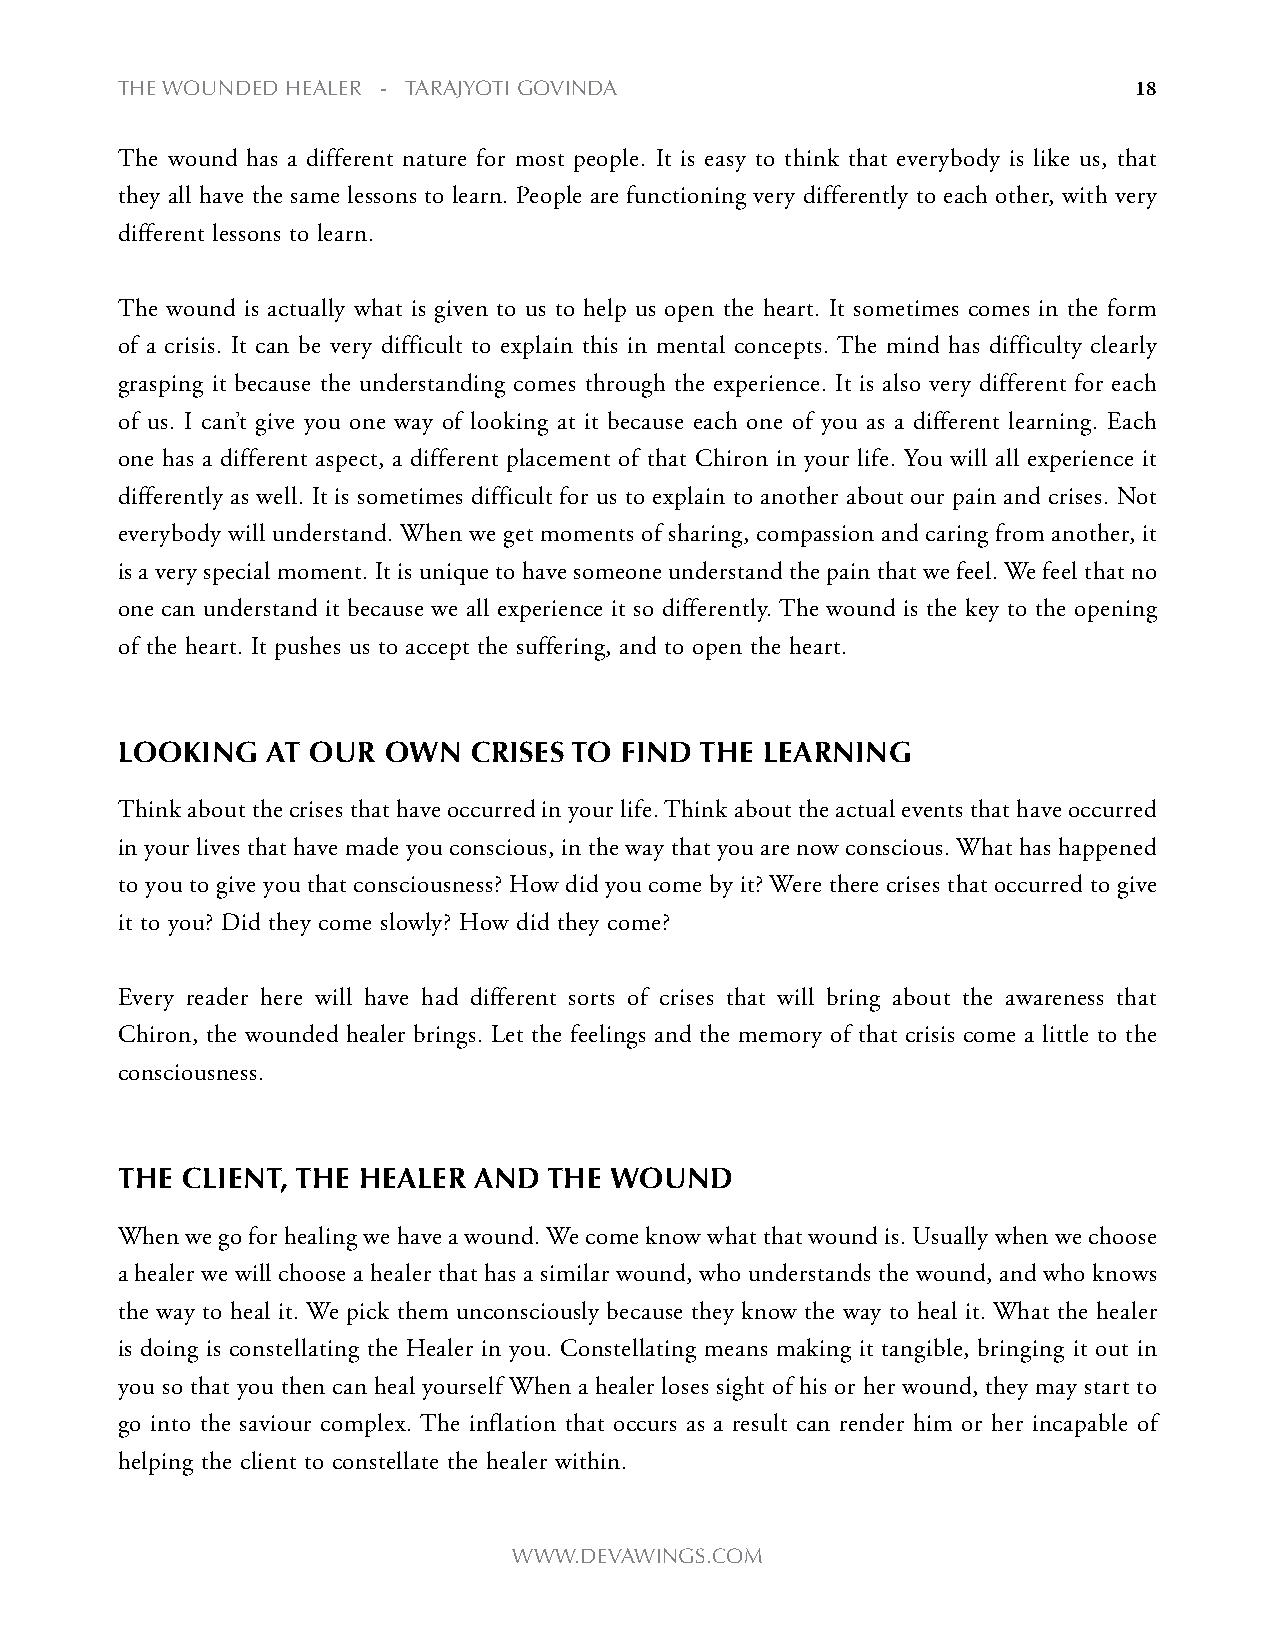
the WOUNDeD heALeR - tARAjyOti gOviNDA                             18
 The wound has a different nature for most people. It is easy to think that everybody is like us, that
 they all have the same lessons to learn. People are functioning very differently to each other, with very
 different lessons to learn.
 The wound is actually what is given to us to help us open the heart. It sometimes comes in the form
 of a crisis. It can be very difficult to explain this in mental concepts. The mind has difficulty clearly
 grasping it because the understanding comes through the experience. It is also very different for each
 of us. I can’t give you one way of looking at it because each one of you as a different learning. Each
 one has a different aspect, a different placement of that Chiron in your life. You will all experience it
 differently as well. It is sometimes difficult for us to explain to another about our pain and crises. Not
 everybody will understand. When we get moments of sharing, compassion and caring from another, it
 is a very special moment. It is unique to have someone understand the pain that we feel. We feel that no
 one can understand it because we all experience it so differently. The wound is the key to the opening
 of the heart. It pushes us to accept the suffering, and to open the heart.
 looking   aT our oWn   Crises To find The learning
 Think about the crises that have occurred in your life. Think about the actual events that have occurred
 in your lives that have made you conscious, in the way that you are now conscious. What has happened
 to you to give you that consciousness? How did you come by it? Were there crises that occurred to give
 it to you? Did they come slowly? How did they come?
 Every reader here will have had different sorts of crises that will bring about the awareness that
 Chiron, the wounded healer brings. Let the feelings and the memory of that crisis come a little to the
 consciousness.
 The ClienT, The healer and  The Wound
 When we go for healing we have a wound. We come know what that wound is. Usually when we choose
 a healer we will choose a healer that has a similar wound, who understands the wound, and who knows
 the way to heal it. We pick them unconsciously because they know the way to heal it. What the healer
 is doing is constellating the Healer in you. Constellating means making it tangible, bringing it out in
 you so that you then can heal yourself When a healer loses sight of his or her wound, they may start to
 go into the saviour complex. The inflation that occurs as a result can render him or her incapable of
 helping the client to constellate the healer within.
 WWW.DevAWiNgs.cOm